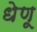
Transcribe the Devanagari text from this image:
धेणू